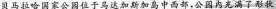
贝马拉哈国家公位于马达加斯加岛中西部，公内充满了形状